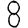
Digit: 8